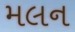
મલન